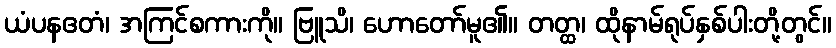
ယံပနဧတံ၊ အကြင်စကားကို။ ဗြူသိ၊ ဟောတော်မူ၏။ တတ္ထ၊ ထိုနာမ်ရုပ်နှစ်ပါးတို့တွင်။